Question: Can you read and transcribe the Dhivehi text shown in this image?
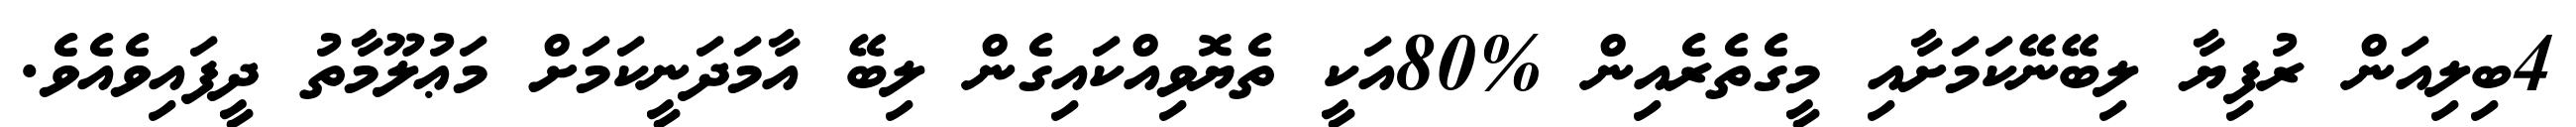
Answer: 4ބިލިއަން ރުފިޔާ ލިބޭނޭކަމަށާއި މީގެތެރެއިން %80އަކީ ތެޔޮވިއްކައިގެން ލިބޭ އާމަދަނީކަމަށް މަޢުލޫމާތު ދީފައިވެއެވެ.